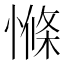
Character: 𱟁